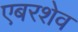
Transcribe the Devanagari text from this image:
एबरशेव